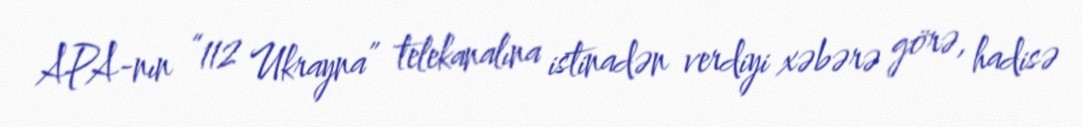
APA-nın “112 Ukrayna” telekanalına istinadən verdiyi xəbərə görə, hadisə